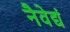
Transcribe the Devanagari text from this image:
नैवेद्यं